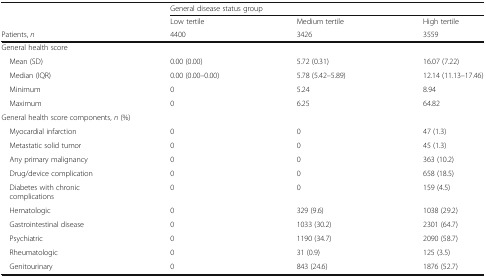
| <ROWSPAN=2>  | <COLSPAN=3> General disease status group |
 | Low tertile | Medium tertile | High tertile |
 | Patients, n | 4400 | 3426 | 3559 |
 | --- | --- | --- | --- |
 | <COLSPAN=4> General health score |
 | Mean (SD) | 0.00 (0.00) | 5.72 (0.31) | 16.07 (7.22) |
 | Median (IQR) | 0.00 (0.00–0.00) | 5.78 (5.42–5.89) | 12.14 (11.13–17.46) |
 | Minimum | 0 | 5.24 | 8.94 |
 | Maximum | 0 | 6.25 | 64.82 |
 | <COLSPAN=4> General health score components, n (%) |
 | Myocardial infarction | 0 | 0 | 47 (1.3) |
 | Metastatic solid tumor | 0 | 0 | 45 (1.3) |
 | Any primary malignancy | 0 | 0 | 363 (10.2) |
 | Drug/device complication | 0 | 0 | 658 (18.5) |
 | Diabetes with chronic complications | 0 | 0 | 159 (4.5) |
 | Hematologic | 0 | 329 (9.6) | 1038 (29.2) |
 | Gastrointestinal disease | 0 | 1033 (30.2) | 2301 (64.7) |
 | Psychiatric | 0 | 1190 (34.7) | 2090 (58.7) |
 | Rheumatologic | 0 | 31 (0.9) | 125 (3.5) |
 | Genitourinary | 0 | 843 (24.6) | 1876 (52.7) |